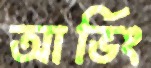
আর্ভিং